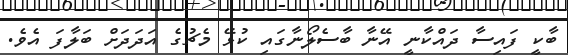
ބާކީ ފައިސާ ދައްކާނީ އޭނާ ބާސެލޯނާގައި ކުޅޭ މެޗުގެ އަދަދަށް ބަލާފަ އެވެ.